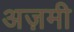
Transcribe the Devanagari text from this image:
अज़मी